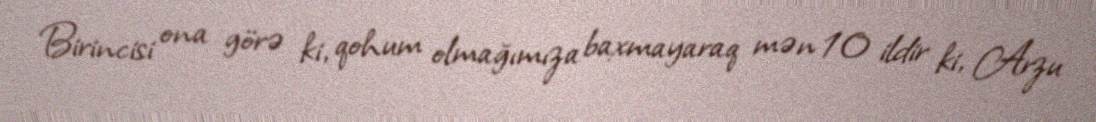
Birincisi ona görə ki, qohum olmağımıza baxmayaraq mən 10 ildir ki, Arzu